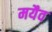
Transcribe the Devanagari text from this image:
मयैव